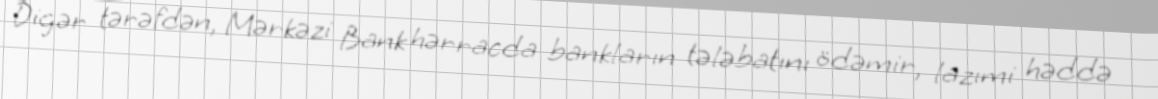
Digər tərəfdən, Mərkəzi Bank hərracda bankların tələbatını ödəmir, lazımi həddə